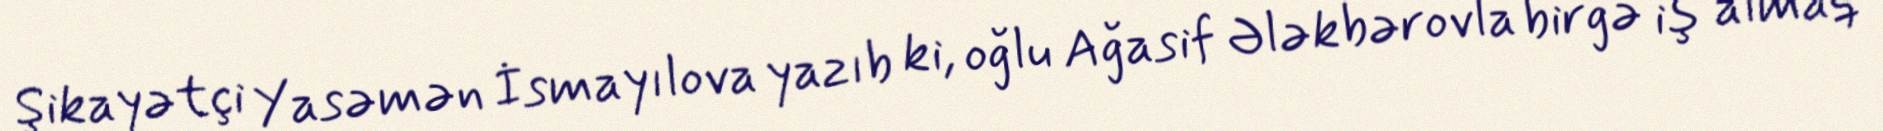
Şikayətçi Yasəmən İsmayılova yazıb ki, oğlu Ağasif Ələkbərovla birgə iş almaq